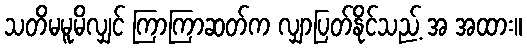
သတိမမူမိလျှင် ကြာကြာဆတ်က လျှာပြတ်နိုင်သည့် အ အထား။